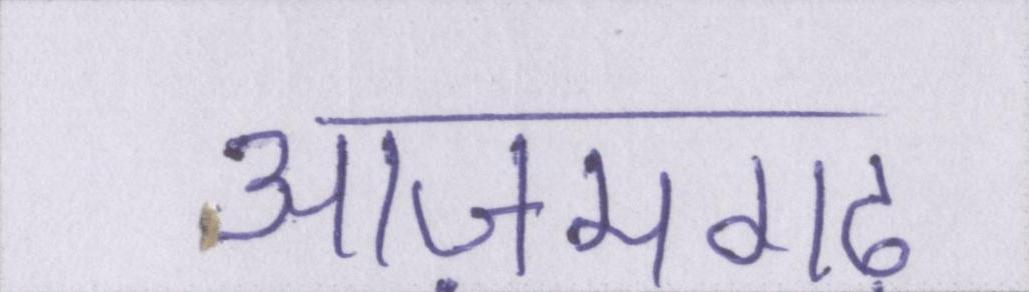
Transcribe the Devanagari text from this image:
आज़मगढ़